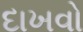
દાખવો